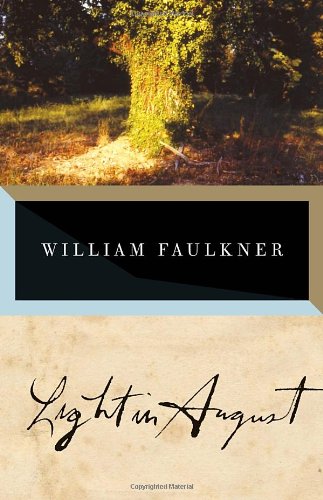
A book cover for Light in August; William Faulkner; Literature & Fiction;